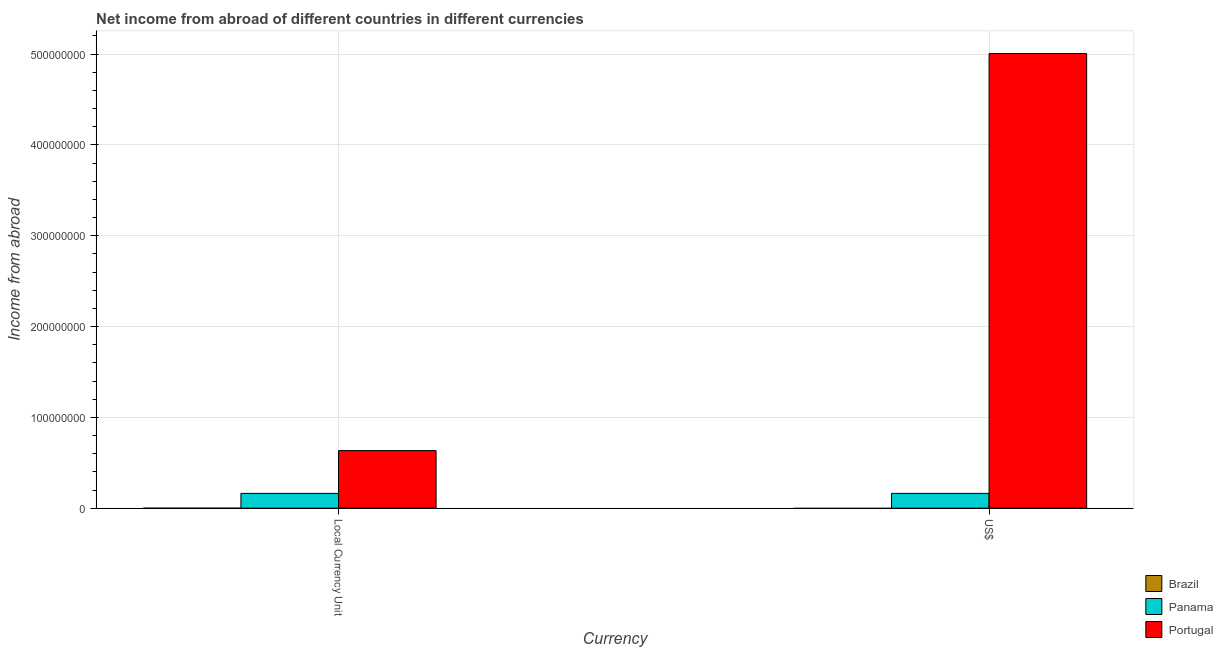
| Currency | Brazil | Panama | Portugal |
 | --- | --- | --- | --- |
 | Local Currency Unit | -0.002 | 1.63e+07 | 6.34e+07 |
 | US$ | -8.1e+08 | 1.63e+07 | 5.01e+08 |